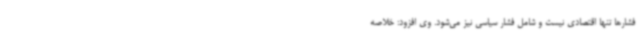
فشارها تنها اقتصادی نیست و شامل فشار سیاسی نیز می‌شود. وی افزود: خلاصه